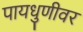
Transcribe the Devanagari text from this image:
पायधुणीवर